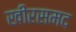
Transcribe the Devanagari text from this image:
खीरसमद